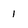
Character: 1